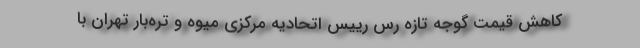
کاهش قیمت گوجه تازه‌ رس رییس اتحادیه مرکزی میوه و تره‌بار تهران با